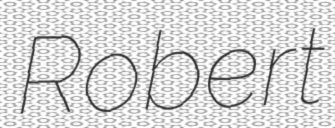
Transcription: Robert